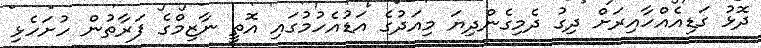
ދޮޅު ގަޑިއެއްހާއިރަށް ދިގު ދެމިގެންދިޔަ މިއަދުގެ އަޑުއެހުމުގައި އޮތީ ނާޒިމްގެ ފަރާތުން ހުށަހެޅި